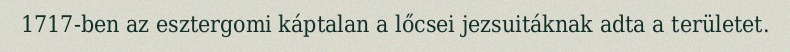
1717-ben az esztergomi káptalan a lőcsei jezsuitáknak adta a területet.